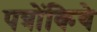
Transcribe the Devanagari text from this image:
पत्रोंकिये